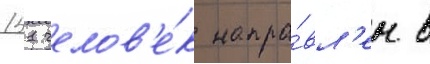
151 челов'е́к напра́вл'ен в